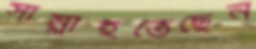
সাম্‌লাইতেছেন